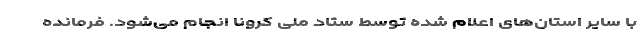
با سایر استان‌های اعلام شده توسط ستاد ملی کرونا انجام می‌شود. فرمانده